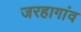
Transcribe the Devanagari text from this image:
जरहागांव